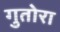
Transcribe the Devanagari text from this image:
गुतोरा